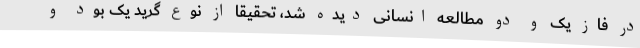
در فاز یک و دو مطالعه انسانی دیده شد، تحقیقا از نوع گرید یک بود و